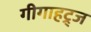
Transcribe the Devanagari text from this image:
गीगाहट्र्ज